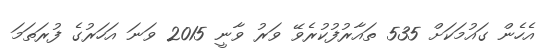
އެހެން ގައުމަކަށް 535 ތައާރުފުކުރެވޭ ވަރު ވާނީ 2015 ވަނަ އަހަރުގެ ފުރަތަމަ